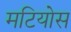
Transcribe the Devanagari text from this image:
मटियोस